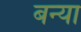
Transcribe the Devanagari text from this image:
बन्या